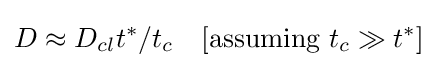
D\approx D_{cl}t^{*}/t_{c}\quad [{\text{assuming }}t_{c}\gg t^{*}]